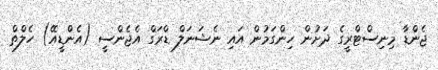
ޖެންޑާ މިނިސްޓްރީގެ ދަށުން ހިންގަމުން އައި ނެޝަނަލް ޑްރަގް އެޖެންސީ (އެންޑީއޭ) ހެލްތް